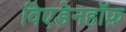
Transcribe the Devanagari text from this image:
विएडेनहॉफ़